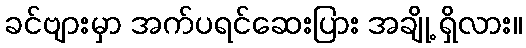
ခင်ဗျားမှာ အက်ပရင်ဆေးပြား အချို့ ရှိလား။